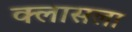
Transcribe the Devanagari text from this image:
क्लासला